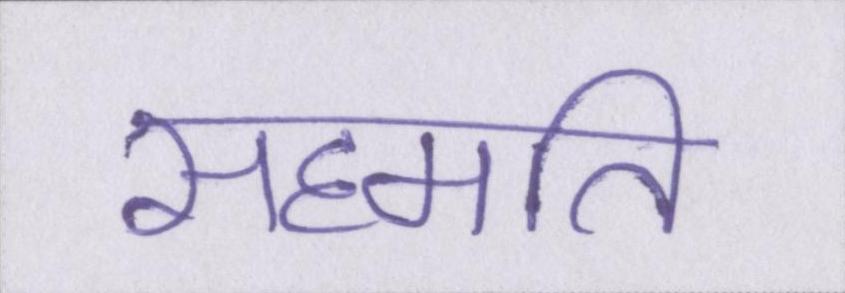
सहमति